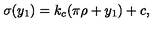
\sigma ( y _ { 1 } ) = k _ { c } ( \pi \rho + y _ { 1 } ) + c , \,